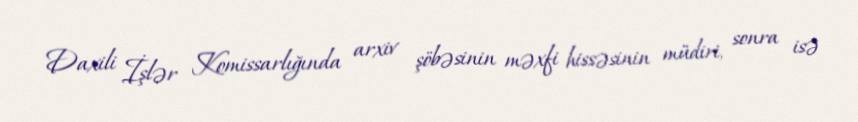
Daxili İşlər Komissarlığında arxiv şöbəsinin məxfi hissəsinin müdiri, sonra isə